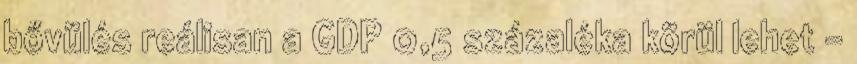
bővülés reálisan a GDP 0,5 százaléka körül lehet –